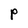
Character: P